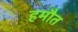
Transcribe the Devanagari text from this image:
हमौत